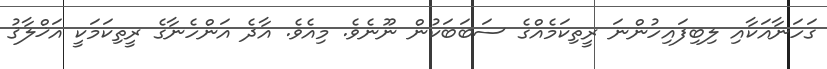
ގަހަނާއަކާއި ލިބިފައިހުންނަ ރީތިކަމެއްގެ ސަބަބަކުން ނޫނެވެ. މިއެވެ. އާދެ އަންހެނާގެ ރީތިކަމަކީ އަޚްލާޤު